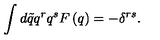
\int d \tilde { q } q ^ { r } q ^ { s } F \left( q \right) = - \delta ^ { r s } .